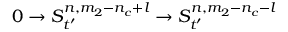
0 \rightarrow S _ { t ^ { \prime } } ^ { n , m _ { 2 } - n _ { c } + l } \rightarrow S _ { t ^ { \prime } } ^ { n , m _ { 2 } - n _ { c } - l }